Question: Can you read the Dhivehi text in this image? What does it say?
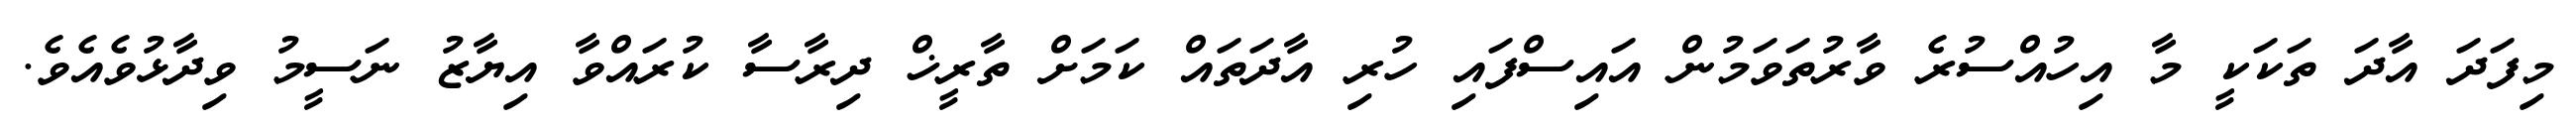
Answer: މިފަދަ އާދަ ތަކަކީ މާ އިހުއްސުރެ ވާރުތަވަމުން އައިސްފައި ހުރި އާދަތައް ކަމަށް ތާރީޚް ދިރާސާ ކުރައްވާ އިޔާޒު ނަސީމު ވިދާޅުވެއެވެ.